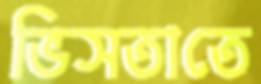
ভিসতাতে